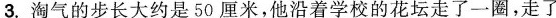
3.淘气的步长大约是50厘米，他沿着学校的花坛走了一圈，走了